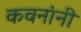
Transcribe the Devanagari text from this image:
कवनांनी